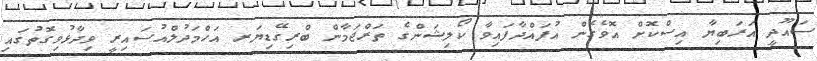
ސައޫދީ އަރަބިޔާ އިސްކޮށް އޮވެގެން އުފައްދާފައިވާ ކޯލިޝަންގެ ތަރްޖަމާން ބްރިގޭޑިޔަރ އަހްމަދުލްއުސައިރީ ވިދާޅުވިގޮތުގައި